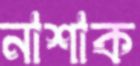
নাশাক